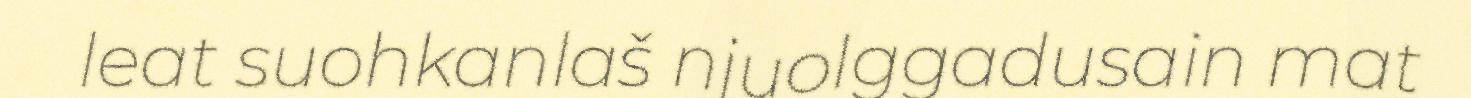
leat suohkanlaš njuolggadusain mat